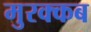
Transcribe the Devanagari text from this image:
मुरक्कब